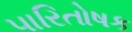
પારિતોષક